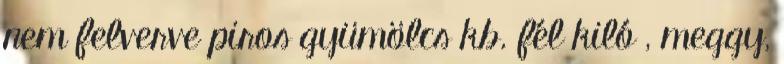
nem felverve piros gyümölcs kb. fél kiló , meggy,